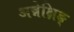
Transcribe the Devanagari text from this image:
अन्नेक्षिङ्